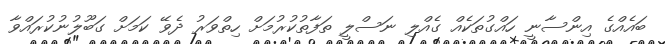
ބައެއްގެ އިންސާނީ ހައްގުތަކެއް ގެއްލި ނަސްލީ ތަފާތުކުރުމަށް ހިތްވަރު ދެވޭ ކަމަށް ގަބޫލުނުކުރައްވާ